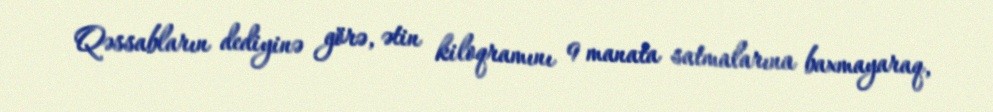
Qəssabların dediyinə görə, ətin kiloqramını 9 manata satmalarına baxmayaraq,